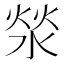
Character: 𰜉